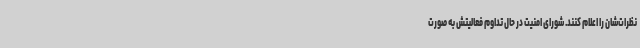
نظرات‌شان را اعلام کنند. شورای امنیت در حال تداوم فعالیتش به صورت